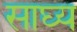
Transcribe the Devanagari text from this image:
साघ्य